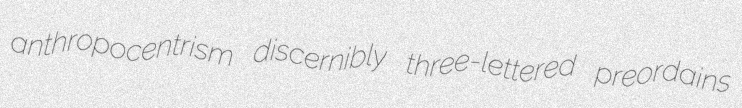
anthropocentrism discernibly three-lettered preordains